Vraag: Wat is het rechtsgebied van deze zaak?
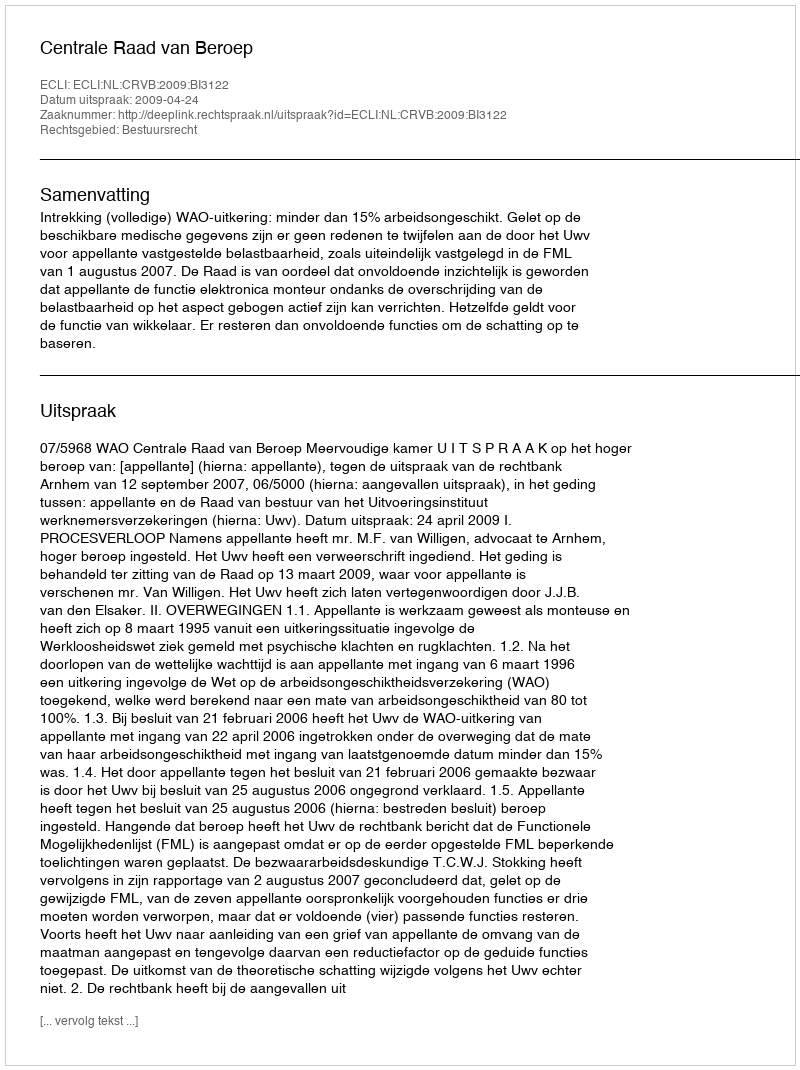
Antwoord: Bestuursrecht